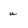
Character: u